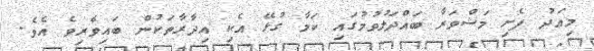
މިއަދު ފެށި މަޝްވަރާ ބައްދަލުވުމުގައި ކަމާ ގުޅޭ އެކި އިދާރާތަކުން ބައިވެރިވެ އެވެ.